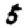
Digit: 5